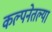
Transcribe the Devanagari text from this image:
कल्पनेतल्या